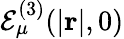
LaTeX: \mathcal{E}_{\mu}^{(3)}(|\mathbf{r}|,0)